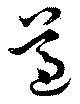
遵